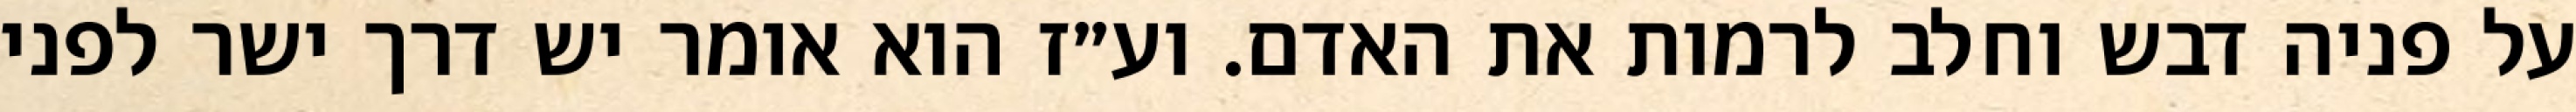
על פניה דבש וחלב לרמות את האדם. וע״ז הוא אומר יש דרך ישר לפני